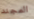
المجند